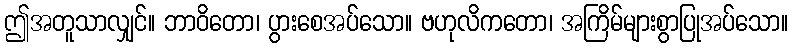
ဤအတူသာလျှင်။ ဘာဝိတော၊ ပွားစေအပ်သော။ ဗဟုလိကတော၊ အကြိမ်များစွာပြုအပ်သော။